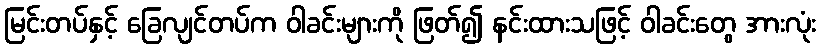
မြင်းတပ်နှင့် ခြေလျင်တပ်က ဝါခင်းများကို ဖြတ်၍ နင်းထားသဖြင့် ဝါခင်းတွေ အားလုံး